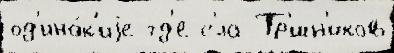
од'ино́к'иjе гд'е с'́ла Тр'́шн'иков